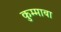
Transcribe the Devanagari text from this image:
कुम्माबा